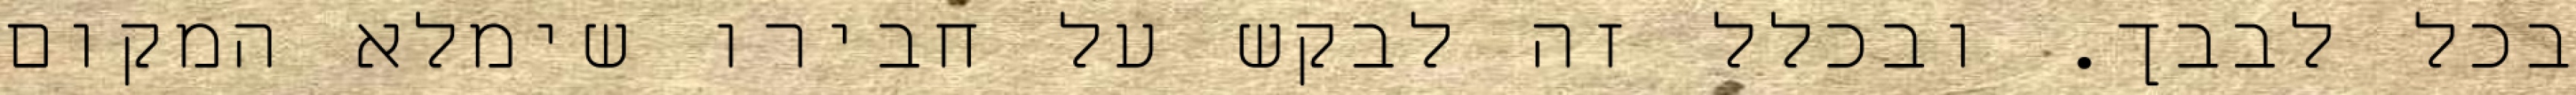
בכל לבבך. ובכלל זה לבקש על חבירו שימלא המקום